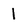
Character: 1